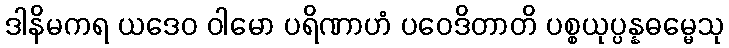
ဒါနိမကရ ယဒေဝ ဝါမော ပရိဏာဟံ ပဝေဒိတာတိ ပစ္စယုပ္ပန္နဓမ္မေသု